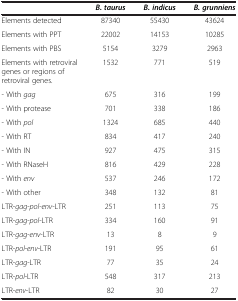
|  | B. taurus | B. indicus | B. grunniens |
 | --- | --- | --- | --- |
 | Elements detected | 87340 | 55430 | 43624 |
 | Elements with PPT | 22002 | 14153 | 10285 |
 | Elements with PBS | 5154 | 3279 | 2963 |
 | Elements with retroviral genes or regions of retroviral genes. | 1532 | 771 | 519 |
 | - With gag | 675 | 316 | 199 |
 | - With protease | 701 | 338 | 186 |
 | - With pol | 1324 | 685 | 440 |
 | - With RT | 834 | 417 | 240 |
 | - With IN | 927 | 475 | 315 |
 | - With RNaseH | 816 | 429 | 228 |
 | - With env | 537 | 246 | 172 |
 | - With other | 348 | 132 | 81 |
 | LTR-gag-pol-env-LTR | 251 | 113 | 75 |
 | LTR-gag-pol-LTR | 334 | 160 | 91 |
 | LTR-gag-env-LTR | 13 | 8 | 9 |
 | LTR-pol-env-LTR | 191 | 95 | 61 |
 | LTR-gag-LTR | 77 | 35 | 24 |
 | LTR-pol-LTR | 548 | 317 | 213 |
 | LTR-env-LTR | 82 | 30 | 27 |